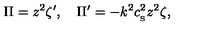
\Pi = z ^ { 2 } \zeta ^ { \prime } , \quad \Pi ^ { \prime } = - k ^ { 2 } c _ { _ \mathrm { S } } ^ { 2 } z ^ { 2 } \zeta ,